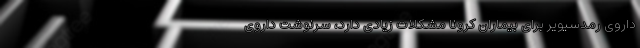
داروی رمدسیویر برای بیماران کرونا مشکلات زیادی دارد، سرنوشت داروی